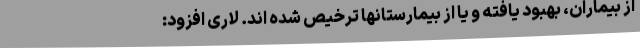
از بیماران، بهبود یافته و یا از بیمارستانها ترخیص شده اند. لاری افزود: